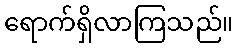
ရောက်ရှိလာကြသည်။